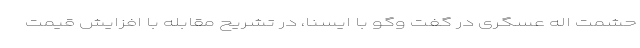
حشمت اله عسگری در گفت وگو با ایسنا، در تشریح مقابله با افزایش قیمت